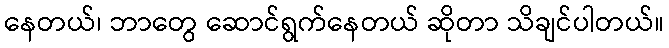
နေတယ်၊ ဘာတွေ ဆောင်ရွက်နေတယ် ဆိုတာ သိချင်ပါတယ်။